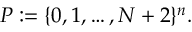
P : = \{ 0 , 1 , \ldots , N + 2 \} ^ { n } .